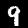
Label: 9